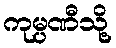
ကုမ္ပဏီသို့